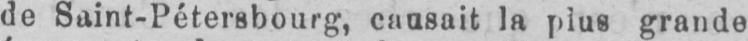
de Saint-Pétersbourg, causait la plus grande